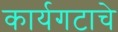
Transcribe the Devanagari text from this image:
कार्यगटाचे